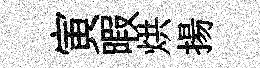
寅暇烘揚